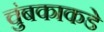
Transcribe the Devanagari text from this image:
चुंबकाकडे